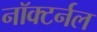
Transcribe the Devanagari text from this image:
नॉक्टर्नल